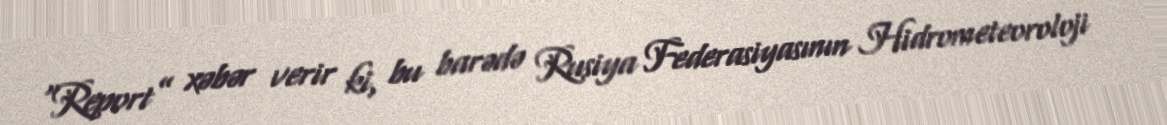
“Report” xəbər verir ki, bu barədə Rusiya Federasiyasının Hidrometeoroloji